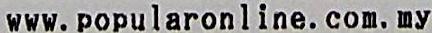
WWW.POPULARONLINE.COM.MY